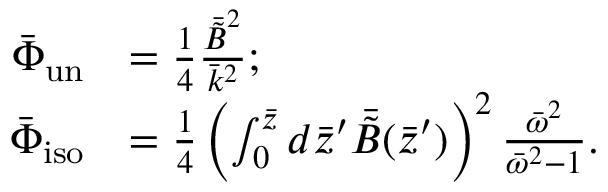
\begin{array} { r l } { \bar { \Phi } _ { \mathrm { u n } } } & { = \frac { 1 } { 4 } \frac { \bar { \tilde { B } } ^ { 2 } } { \bar { k } ^ { 2 } } ; } \\ { \bar { \Phi } _ { \mathrm { i s o } } } & { = \frac { 1 } { 4 } \left( \int _ { 0 } ^ { \bar { z } } d \bar { z } ^ { \prime } \bar { \tilde { B } } ( \bar { z } ^ { \prime } ) \right) ^ { 2 } \frac { \bar { \omega } ^ { 2 } } { \bar { \omega } ^ { 2 } - 1 } . } \end{array}